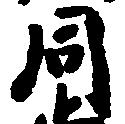
同